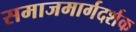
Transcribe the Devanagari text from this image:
समाजमार्गदर्शक